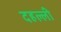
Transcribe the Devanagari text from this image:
दहल्ली